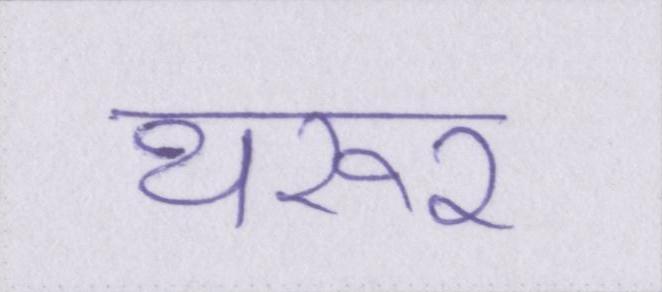
थरूर